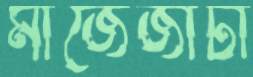
মাজেজাটা